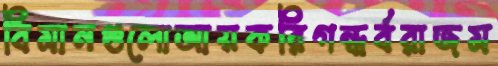
বিমানগুলোআয়করিগন্ধর্বরাজম